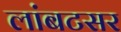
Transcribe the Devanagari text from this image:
लांबटसर